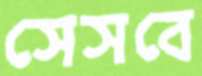
সেসবে